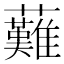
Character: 䕼